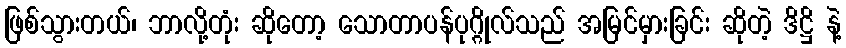
ဖြစ်သွားတယ်၊ ဘာလို့တုံး ဆိုတော့ သောတာပန်ပုဂ္ဂိုလ်သည် အမြင်မှားခြင်း ဆိုတဲ့ ဒိဋ္ဌိ နဲ့